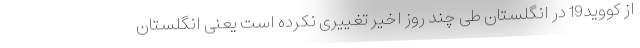
از کووید19 در انگلستان طی چند روز اخیر تغییری نکرده است یعنی انگلستان